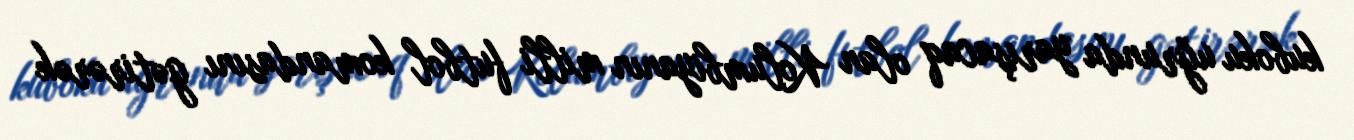
kuboku uğrunda yarışacaq olan Kolumbiyanın milli futbol komandasını gətirərək